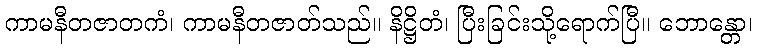
ကာမနီတဇာတကံ၊ ကာမနီတဇာတ်သည်။ နိဋ္ဌိတံ၊ ပြီးခြင်းသို့ရောက်ပြီ။ ဘောန္တော၊